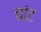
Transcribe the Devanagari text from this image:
चांट